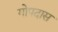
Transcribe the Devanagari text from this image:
गोपदास